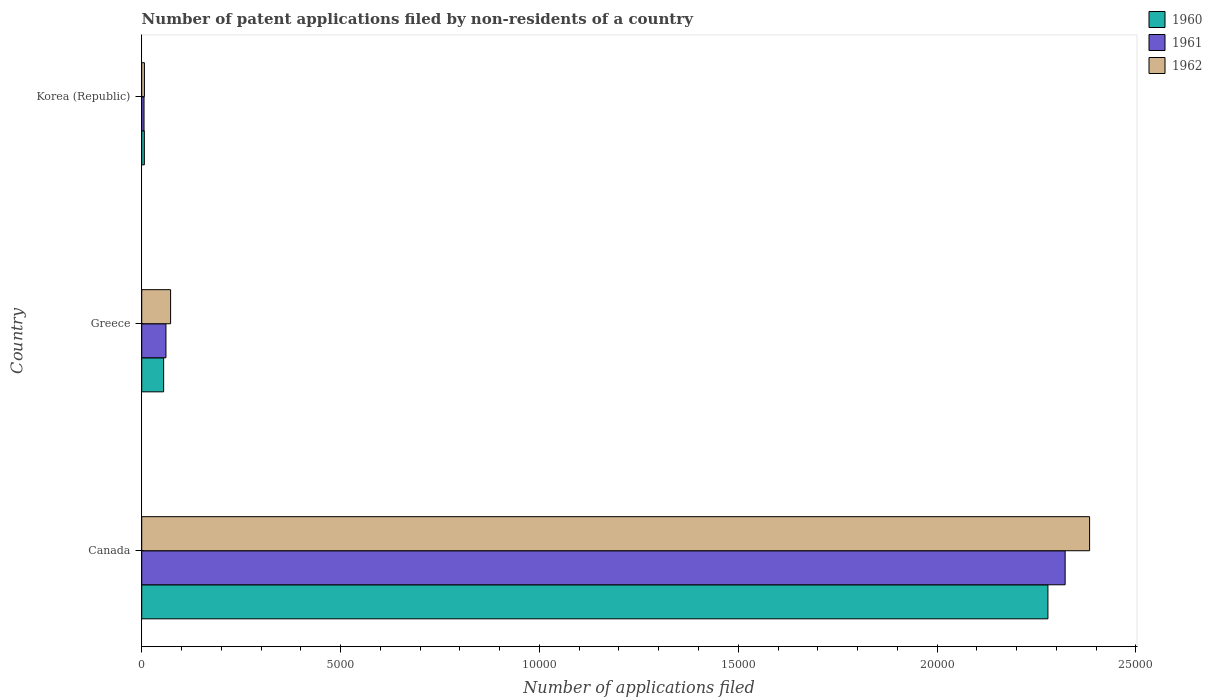
| Country | 1960 | 1961 | 1962 |
 | --- | --- | --- | --- |
 | Canada | 2.28e+04 | 2.32e+04 | 2.38e+04 |
 | Greece | 551 | 609 | 726 |
 | Korea (Republic) | 66 | 58 | 68 |